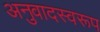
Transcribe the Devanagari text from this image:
अनुवादस्वरूप